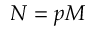
N = p M